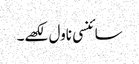
سائنسی ناول لکھے۔